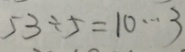
5 3 \div 5 = 1 0 \cdots 3